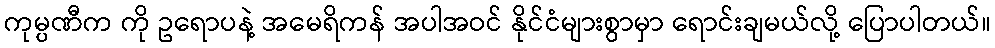
ကုမ္ပဏီက ကို ဥရောပနဲ့ အမေရိကန် အပါအဝင် နိုင်ငံများစွာမှာ ရောင်းချမယ်လို့ ပြောပါတယ်။